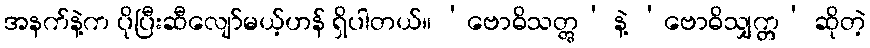
အနက်နဲ့က ပိုပြီးဆီလျော်မယ့်ဟန် ရှိပါတယ်။ ‘ဗောဓိသတ္တွ’ နဲ့ ‘ဗောဓိသျှက္တ’ ဆိုတဲ့